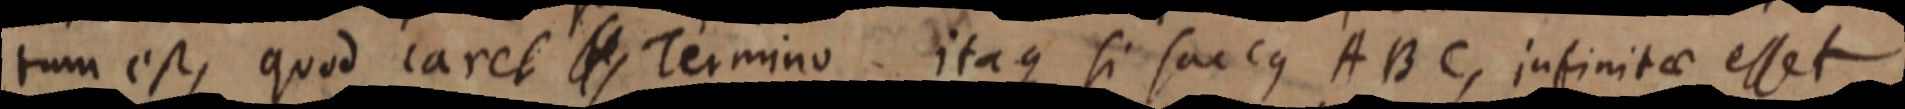
tum est, quod caret _ Termino itaque si saccus ABC, infinitae esset